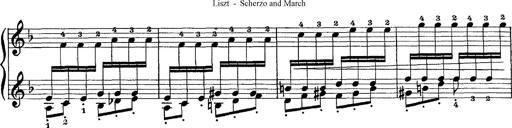
Title: Scherzo und Marsch
Composer: Franz Liszt